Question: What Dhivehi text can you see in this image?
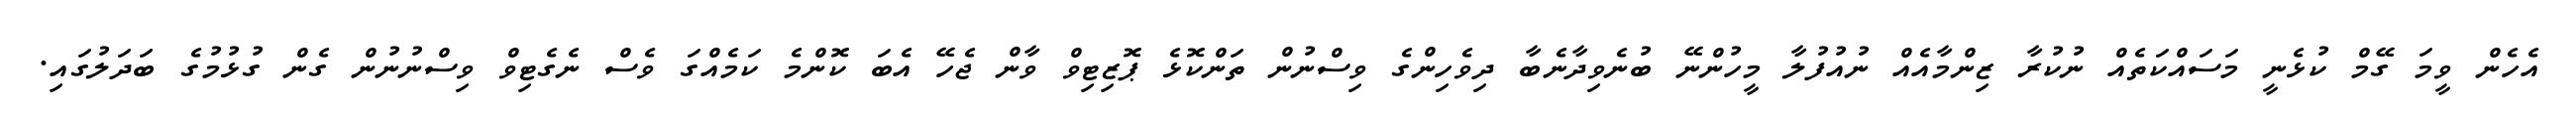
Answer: އެހެން ވީމަ ގޭމް ކުޅެނީ މަސައްކަތެއް ނުކުރާ ޒިންމާއެއް ނުއުފުލާ މީހުންނޭ ބުނެވިދާނެބާ ދިވެހިންގެ ވިސްނުން ތަންކޮޅެ ޕޮޒިޓިވް ވާން ޖެހޭ އެބަ ކޮންމެ ކަމެއްގަ ވެސް ނެގެޓިވް ވިސްނުނުން ގެން ގުޅުމުގެ ބަދަލުގައި.